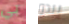
بي يبدو